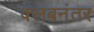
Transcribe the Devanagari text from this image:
क्लबनंतर